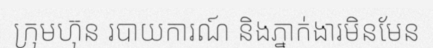
ក្រុមហ៊ុន របាយការណ៍ និងភ្នាក់ងារមិនមែន